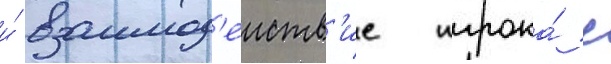
и́ взаимод'еиств'ие игрока́ с